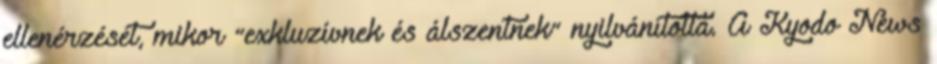
ellenérzését, mikor “exkluzívnek és álszentnek” nyilvánította. A Kyodo News